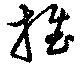
推